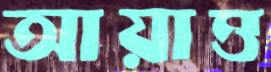
আয়াত্ত